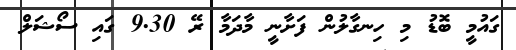
ގައުމީ ބޮޑު މި ހިނގާލުން ފަށާނީ މާދަމާ ރޭ 9.30 ގައި ސޯޝަލް